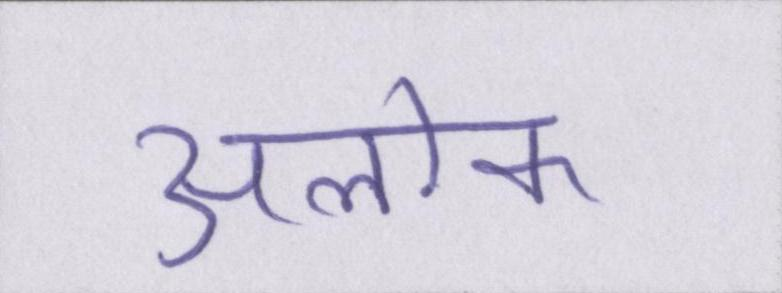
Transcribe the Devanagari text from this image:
अलोक